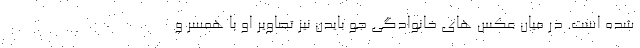
شده است. در میان عکس های خانوادگی جو بایدن نیز تصاویر او با همسر و